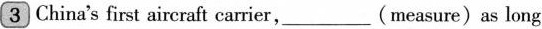
3 China's first aircraft carrier,___(measure)as long